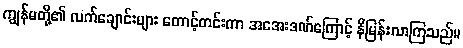
ကျွန်မတို့၏ လက်ချောင်းများ တောင့်တင်းကာ အအေးဒဏ်ကြောင့် နီမြန်းလာကြသည်။